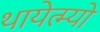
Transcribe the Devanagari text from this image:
थायेत्म्यो